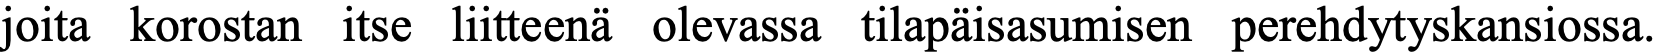
joita korostan itse liitteenä olevassa tilapäisasumisen perehdytyskansiossa.